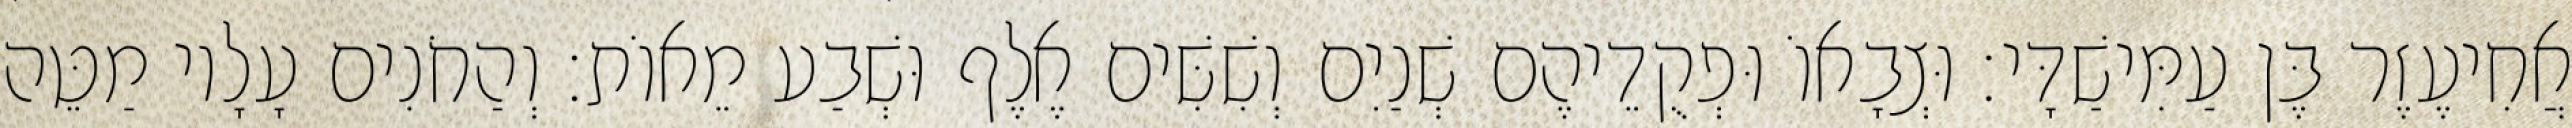
אֲחִיעֶזֶר בֶּן עַמִּישַׁדָּי׃ וּצְבָאוֹ וּפְקֻדֵיהֶם שְׁנַיִם וְשִׁשִּׁים אֶלֶף וּשְׁבַע מֵאוֹת׃ וְהַחֹנִים עָלָיו מַטֵּה